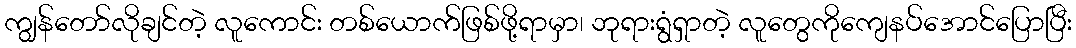
ကျွန်တော်လိုချင်တဲ့ လူကောင်း တစ်ယောက်ဖြစ်ဖို့ရာမှာ၊ ဘုရားရွံရှာတဲ့ လူတွေကိုကျေနပ်အောင်ပြောပြီး